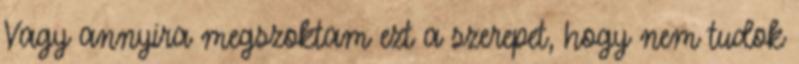
Vagy annyira megszoktam ezt a szerepet, hogy nem tudok